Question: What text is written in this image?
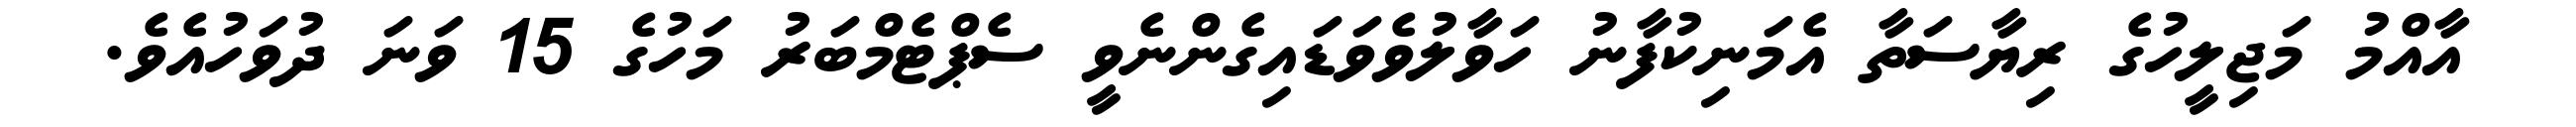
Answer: އާއްމު މަޖިލީހުގެ ރިޔާސަތާ އެމަނިކުފާނު ހަވާލުވެވަޑައިގެންނެވީ ސެޕްޓެމްބަރު މަހުގެ 15 ވަނަ ދުވަހުއެވެ.